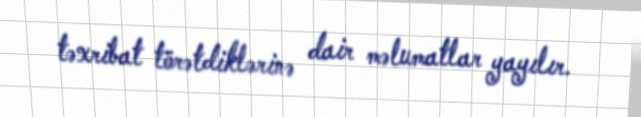
təxribat törətdiklərinə dair məlumatlar yayılır.